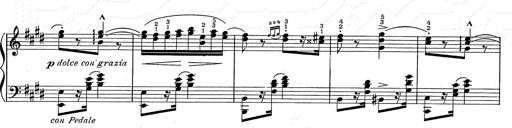
Title: Hungarian Rhapsody No.2
Composer: Franz Liszt
Key: C-sharp minor